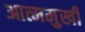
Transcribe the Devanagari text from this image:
आत्ममुखी